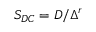
S _ { D C } = D / \Delta ^ { r }